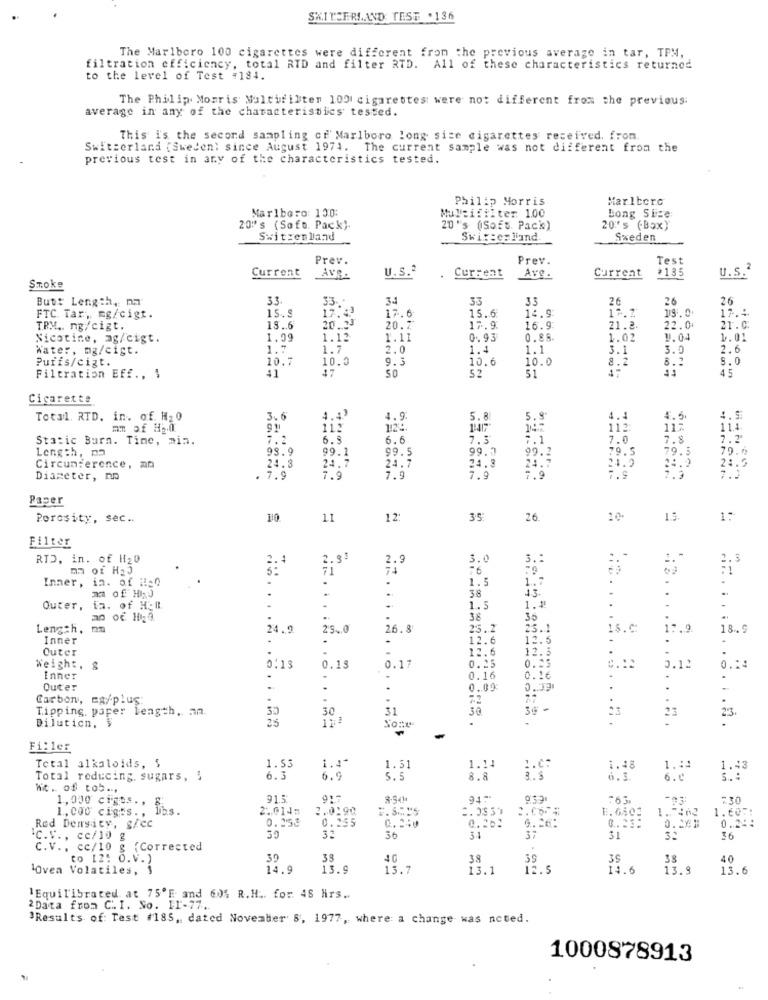
SWITZERLAND TEST .136
The Marlboro 100 cigarettes were different from the previous average in tar, TPM,
filtration efficiency, total RID and filter RTD. All of these characteristics returned
to the level of Test =184.
The Philip Morris Multifilten 100 cigarettes were not different from the previous:
average in any of the characteristics tested.
This is the second sampling cf' Marlboro long sice cigarettes received. from
Switzerland [Sweden: since August 1974. The current sample was not different from the
previous test in any of the characteristics tested.
Philip Morris
Marlboro
Marlboro: 130:
Mulleifilter 1.00
Bong Sice
20" s (Sofo. Pack).
20 "s (Soft. Pack)
20's (Box)
Switzerland
Switzerland
Sweden
Prev.
Prev.
Test
U.S.2
#135
U.s.2
Current
Avg.
Current
Ave.
Current
Smoke
Butt Length, ma
3.3.
33 .-
3.4
33
33
26
26
26
15.9
17.43
17.2
C)
17.4
FTC Tar. mg/cigt.
20.33
17.6
15.6
14.9
TPM .. ng/cigt.
18.6
20.7
17.9
16.9
21.2.
22.0
21.0
Nicotine, ag/cigt.
1.09
1.12
1.11
0.93
0.88
1.02
1.04
1.01
Water, mg/cigt.
1.7
1.7
2.0
1.4
1.1
3.1
3.0
2.6
Puffs/cigt.
20.7
10.0
9.3
10.6
10.0
8.2
8.1
8.0
41
37
45
Filtration Eff ., 1
52
51
Cigarette
Total. RTD. in. of. H20
3.6
4.43
4.9
5.8.
5.9
4.4
4. 5.
4.5
mm of #20
11:
12
112:
117
11.4
Static Burn. Time, min.
7.2
6.9
6.6
7.3
7.1
7.0
7.8
2 .? '
Length, na
98.9
99.1
99.5
99.2
79.5
79.5
24.7
24.9
24.2
24.2
24.2
Circumference, an
24.3
24.7
Diameter, no
. 7.9
7.9
7.9
7.9
7.9
7.9
7.3
7.3
Paper
Porosity, sec ..
110
11
12:
35:
26
10.
1:
Filter
RTD, in. of H20
2.4
2.33
3.0
9.
..
. .
2.3
2.9
Inner, in. of ils0
.
1.5
1.7
m of HAJ
13
38
Outer,
in. of Ho#
1.5
1.4
38
36
Length.
24.9
25.0
26.8
23.2
25.1
18.C:
17.9
18. 9
Inner
-
12.6
12.5
Outer
.
12.6
12.3
0.25
-
Weight. &
0.13
0.15
0.17
0.25
0.12
0.14
Inner
.
0.16
0.16
Outer
-
.
0.09
0.39
Carbon, ex/plus:
Tipping, paper length, an.
30
31
30 -
23
25
3.3
.
-
23.
Dilution.
Fi: ler
Total alkaloids, $
1.53
1.4
1.51
1.14
1.0:
1.48
1.14
1.43
Total reducing, sugars, 3
6.3
6.9
5.5
8.8
6.3
6.4
S. :
Nit. of tob ...
1,000 cigue ..
91.5
917
: 30
1.000 ciges ..
2.0145
2.0190
1. 6803
1.7463
1.607:
Red Density, g/ec
0.258
0.255
C. 240
0.2 ::
0.20.
4.26:
0.281
.C.V ., ce/10 g
30
30
34
37
31
$6
C.V ., cc/10 g (Corrected
to 12: O.V. )
39
38
40
38
38
40
Oven Volatiles, 1
14.9
13.9
13.7
13.1
17.5
14.6
13.9
13.6
'Equilibrated at 75'E and 60% R.H .. for 48 Hrs ..
2Data from C .. I. So. 11-77.
'Results of: Test #185, dated Noveaber 8, 1977, where a change was noted.
1000878913